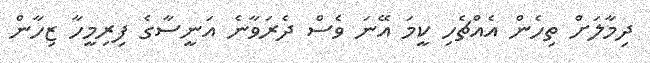
ދިމާލަށް ތިހެން އެއްޗެހި ކީމަ އޭނަ ވެސް ދެރަވާނެ އަނީސާގެ ފިރިމީހާ ޒިހާން